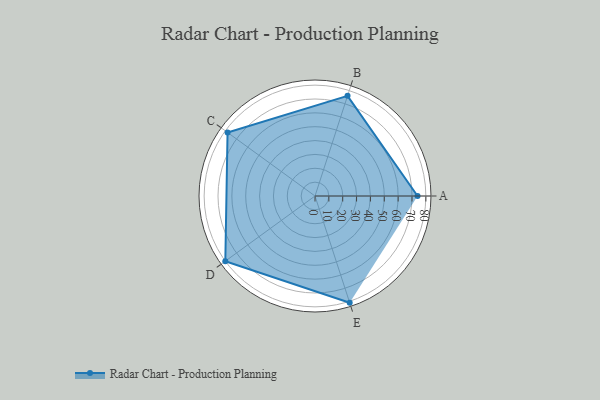
{"axis": {"x": "Skill", "y": "Score"}, "legend": ["Profile"], "data": [{"x": "A", "y": 74.0, "type": "Profile"}, {"x": "B", "y": 76.0, "type": "Profile"}, {"x": "C", "y": 78.0, "type": "Profile"}, {"x": "D", "y": 80.0, "type": "Profile"}, {"x": "E", "y": 81.0, "type": "Profile"}]}